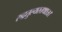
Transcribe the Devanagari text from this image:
रुद्रतुल्यस्तथाऽत्र।